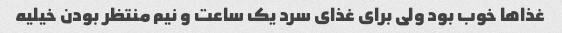
غذاها خوب بود ولی برای غذای سرد یک ساعت و نیم منتظر بودن خیلیه